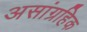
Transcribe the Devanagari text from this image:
असांग्रहिक